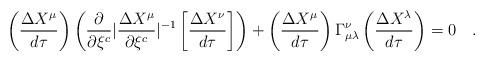
LaTeX: \begin{align*}\left ( {{\Delta X^{\mu}}\over{d \tau}} \right ) \left ( {{\partial}\over{\partial \xi^{c}}} | {{\Delta X^{\mu}}\over{\partial \xi^{c}}} |^{-1} \left [ {{\Delta X^{\nu}}\over{d \tau}} \right ] \right ) +\left ({{\Delta X^{\mu}}\over{d \tau}} \right )\Gamma^{\nu}_{\mu\lambda}\left ( {{\Delta X^{\lambda}}\over{d \tau}} \right )= 0 \quad .\end{align*}